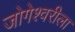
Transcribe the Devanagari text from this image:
जोगेश्वरीला